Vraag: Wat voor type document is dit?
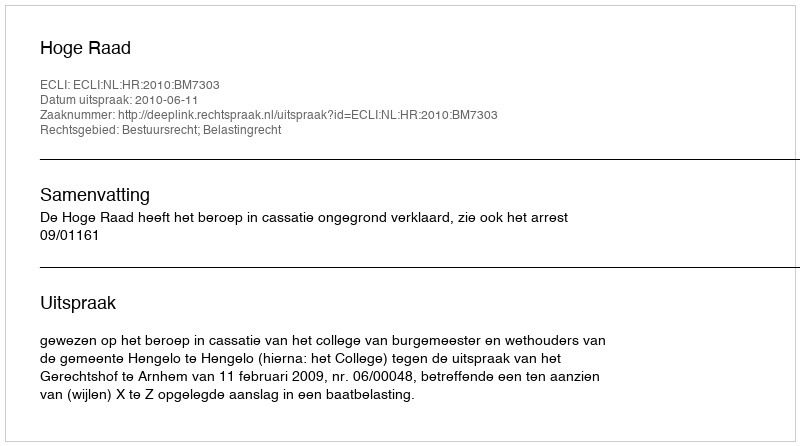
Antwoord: Uitspraak